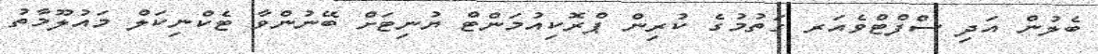
ބެލުން އަދި ސްފްޓްވެއަރ ގަތުމުގެ ކުރިން ޕްރޮކިއުމަންޓް ޔުނިޓަށް ބޭނުންވާ ޓެކްނިކަލް މައުލޫމާތު